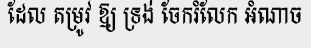
ដែល តម្រូវ ឱ្យ ទ្រង់ ចែករំលែក អំណាច